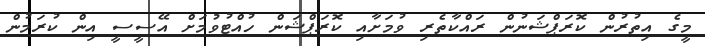
މީގެ އިތުރުން ކޮރަޕްޝަނުން ރައްކާތެރި ވުމަށާއި ކޮރަޕްޝަން ހުއްޓުވުމަށް އޭސީސީ އިން ކުރަމުން